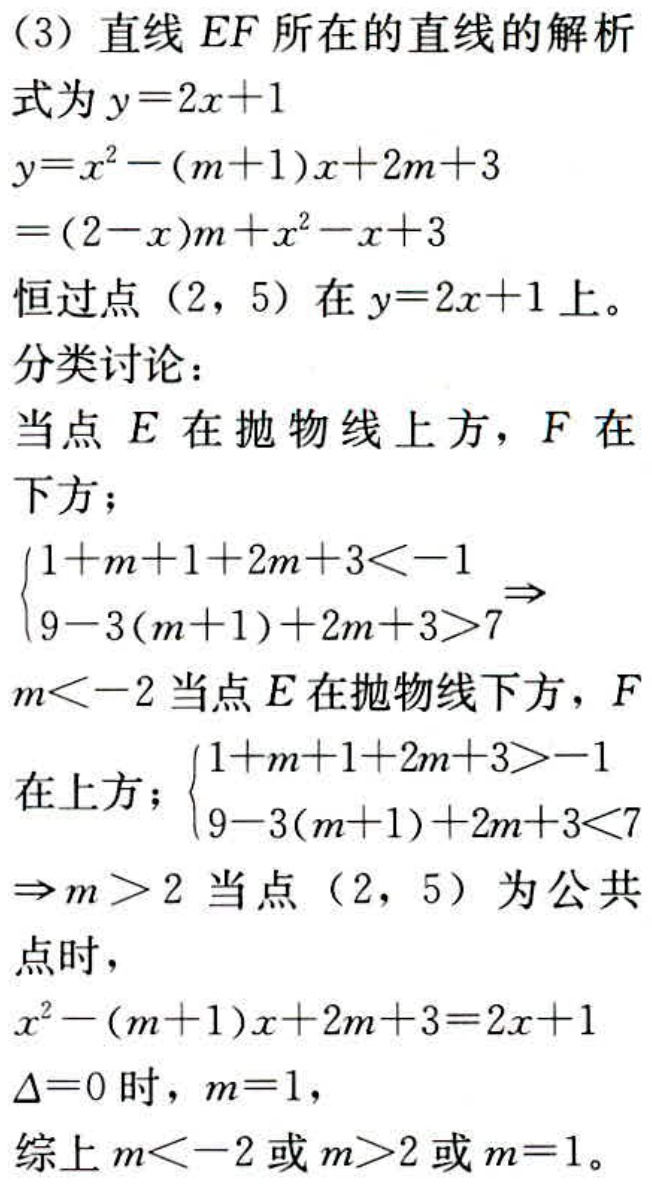
（3）直线 \(EF\) 所在的直线的解析式为 \(y = 2x + 1\)
\[
\begin{align*}
y&=x^{2}-(m + 1)x+2m + 3\\
&=(2 - x)m+x^{2}-x + 3
\end{align*}
\]
恒过点 \((2,5)\) 在 \(y = 2x + 1\) 上。
分类讨论：
当点 \(E\) 在抛物线上方，\(F\) 在下方；
\(\begin{cases}1 + m + 1+2m + 3\lt - 1\\9-3(m + 1)+2m + 3\gt 7\end{cases}\Rightarrow m\lt - 2\)
当点 \(E\) 在抛物线下方，\(F\) 在上方；\(\begin{cases}1 + m + 1+2m + 3\gt - 1\\9-3(m + 1)+2m + 3\lt 7\end{cases}\Rightarrow m\gt 2\)
当点 \((2,5)\) 为公共点时，
\(x^{2}-(m + 1)x+2m + 3=2x + 1\)
\(\Delta = 0\) 时，\(m = 1\)，
综上 \(m\lt - 2\) 或 \(m\gt 2\) 或 \(m = 1\)。